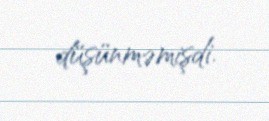
düşünməmişdi.